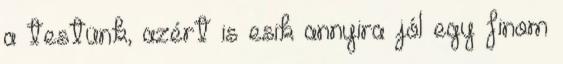
a testünk, azért is esik annyira jól egy finom